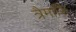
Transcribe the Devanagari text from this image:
त्रैमासि